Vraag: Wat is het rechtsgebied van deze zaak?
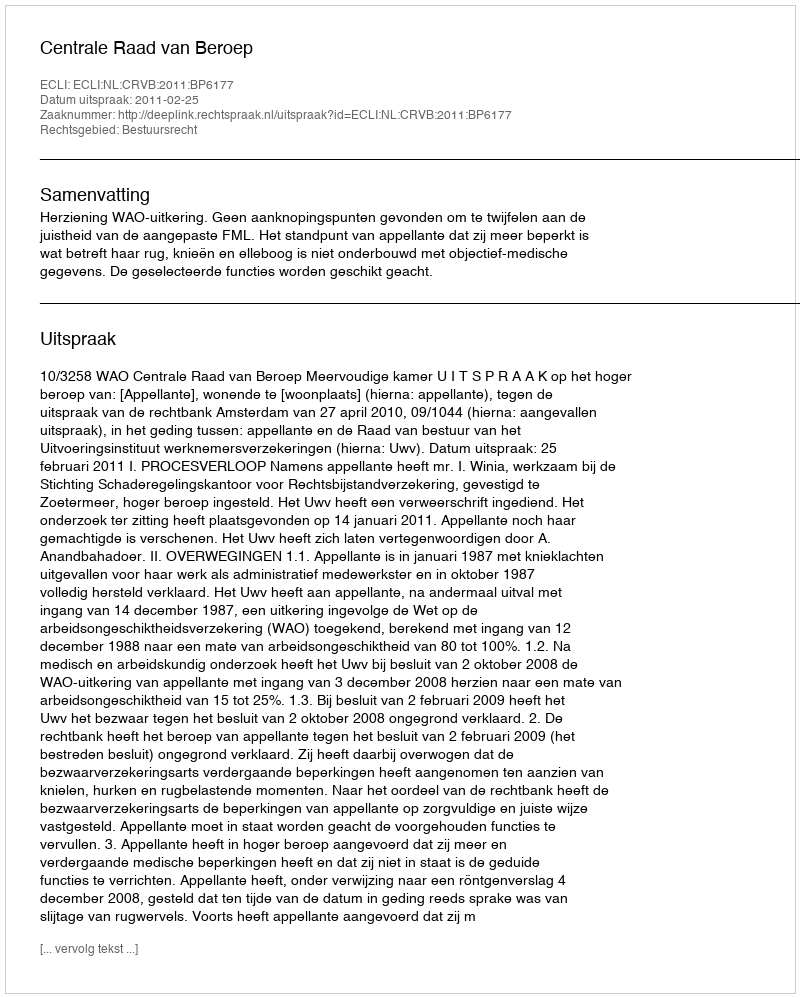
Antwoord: Bestuursrecht